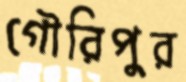
গৌরিপুর